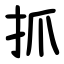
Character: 抓